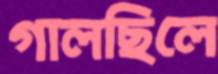
গালছিলে